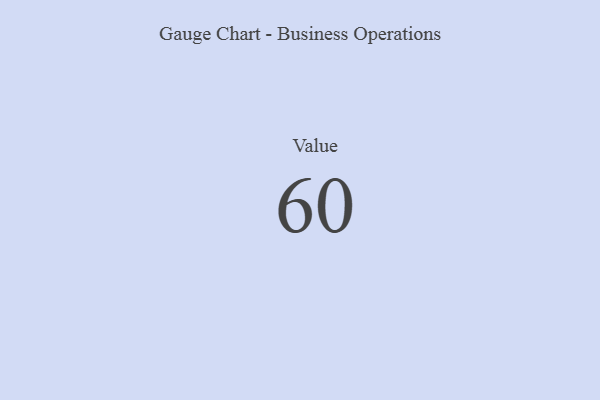
{"axis": {"x": "Metric", "y": "Value"}, "legend": [""], "data": [{"x": "Value", "y": 60, "type": ""}]}